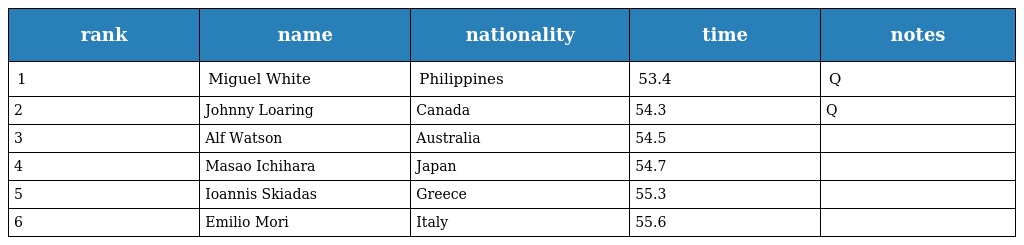
| rank | name | nationality | time | notes |
 | --- | --- | --- | --- | --- |
 | 1 | Miguel White | Philippines | 53.4 | Q |
 | 2 | Johnny Loaring | Canada | 54.3 | Q |
 | 3 | Alf Watson | Australia | 54.5 |  |
 | 4 | Masao Ichihara | Japan | 54.7 |  |
 | 5 | Ioannis Skiadas | Greece | 55.3 |  |
 | 6 | Emilio Mori | Italy | 55.6 |  |